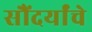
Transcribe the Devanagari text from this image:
सौंदर्यांचे